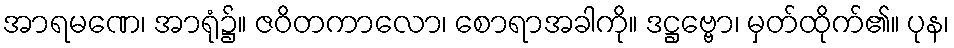
အာရမဏေ၊ အာရုံ၌။ ဇဝိတကာလော၊ စောရာအခါကို။ ဒဋ္ဌဗ္ဗော၊ မှတ်ထိုက်၏။ ပုန၊